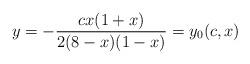
LaTeX: \begin{align*}y=-\frac{cx(1+x)}{2(8-x)(1-x)}=y_0(c,x)\end{align*}